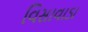
વિસાવાડા